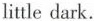
little dark.